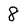
Character: 8